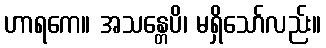
ဟာရကေ။ အသန္တေပိ၊ မရှိသော်လည်း။